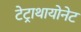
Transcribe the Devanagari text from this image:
टेट्राथायोनेट